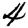
Digit: 4